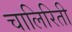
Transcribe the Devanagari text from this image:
चालिरिती